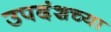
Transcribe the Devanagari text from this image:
उपदंशच्या